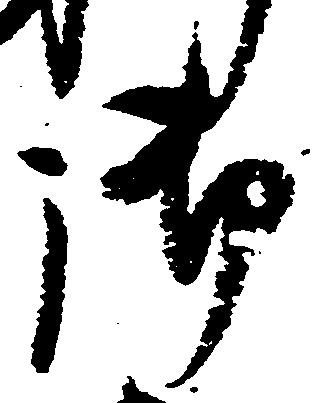
御